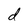
Character: d